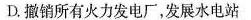
D.撤销所有火力发电厂，发展水电站